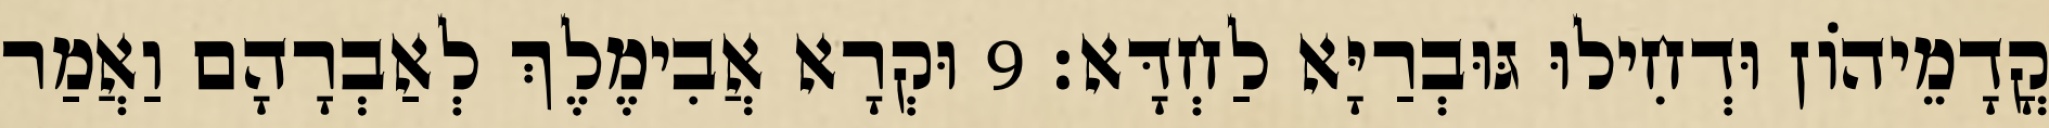
קֳדָמֵיהוֹן וּדְחִילוּ גּוּבְרַיָּא לַחְדָּא׃ 9 וּקְרָא אֲבִימֶלֶךְ לְאַבְרָהָם וַאֲמַר